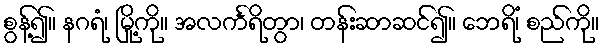
စွန့်၍။ နဂရံ၊ မြို့ကို။ အလင်္ကရိတွာ၊ တန်းဆာဆင်၍။ ဘေရိံ၊ စည်ကို။